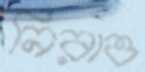
নিরাও